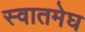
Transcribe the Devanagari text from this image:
स्वातमेघ